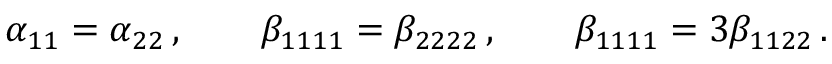
\alpha _ { 1 1 } = \alpha _ { 2 2 } \, , \qquad \beta _ { 1 1 1 1 } = \beta _ { 2 2 2 2 } \, , \qquad \beta _ { 1 1 1 1 } = 3 \beta _ { 1 1 2 2 } \, .